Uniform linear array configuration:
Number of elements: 48
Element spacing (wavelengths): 0.75
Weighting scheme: hamming
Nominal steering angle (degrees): -45
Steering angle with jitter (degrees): -44.205
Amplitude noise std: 0.05
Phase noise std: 0.05

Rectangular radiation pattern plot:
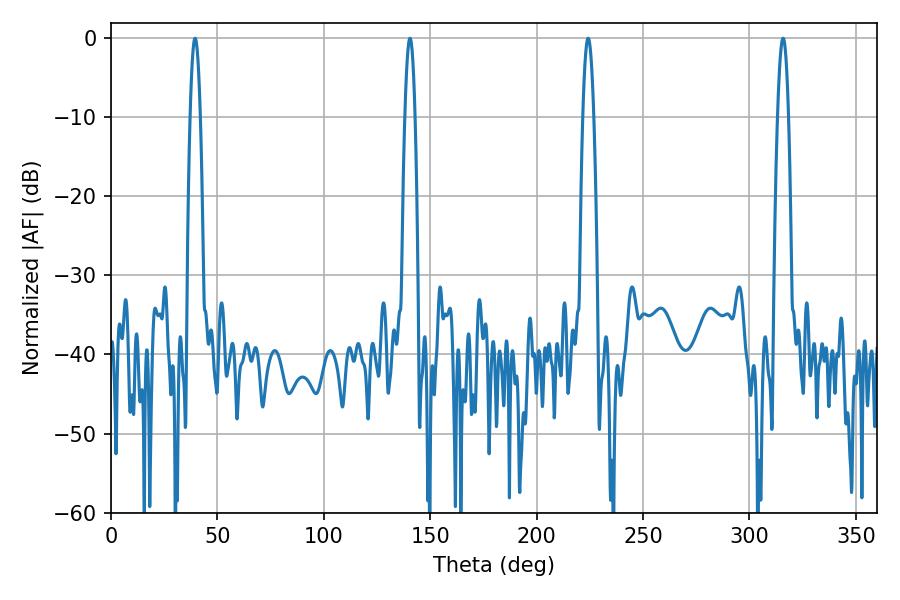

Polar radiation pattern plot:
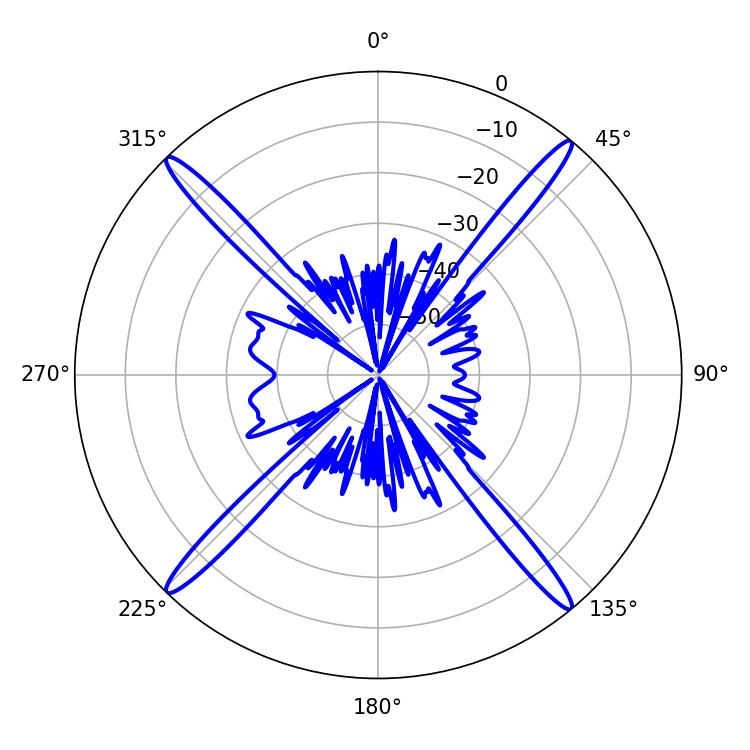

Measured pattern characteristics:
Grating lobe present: TRUE
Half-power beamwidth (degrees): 2.7
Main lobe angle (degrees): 315.72